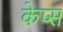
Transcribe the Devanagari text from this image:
केप्स